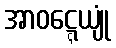
အာဝဋ္ဋေယျုံ